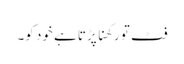
فٹ تو رکھنا پڑتا ہے خود کو۔